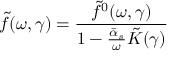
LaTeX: \tilde { f } ( \omega , \gamma ) = { \frac { \tilde { f } ^ { 0 } ( \omega , \gamma ) } { 1 - { \frac { \bar { \alpha } _ { s } } { \omega } } \tilde { K } ( \gamma ) } }